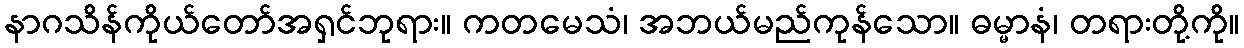
နာဂသိန်ကိုယ်တော်အရှင်ဘုရား။ ကတမေသံ၊ အဘယ်မည်ကုန်သော။ ဓမ္မာနံ၊ တရားတို့ကို။